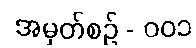
အမှတ်စဥ် - ၀၀၁